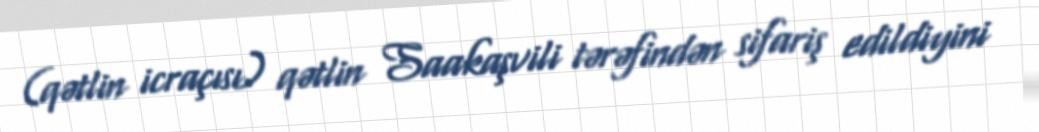
(qətlin icraçısı) qətlin Saakaşvili tərəfindən sifariş edildiyini